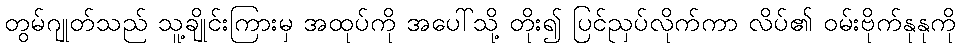
တွမ်ဂျုတ်သည် သူ့ချိုင်းကြားမှ အထုပ်ကို အပေါ်သို့ တိုး၍ ပြင်ညှပ်လိုက်ကာ လိပ်၏ ဝမ်းဗိုက်နုနုကို